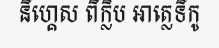
នីហ្គេស ពីក្លិប អាត្លេទីកូ